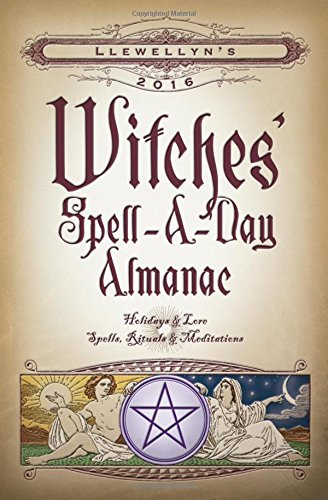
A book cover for Llewellyn's 2016 Witches' Spell-A-Day Almanac: Holidays & Lore, Spells, Rituals & Meditations; Llewellyn; Reference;